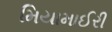
મિયામાઈરી